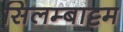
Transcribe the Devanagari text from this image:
सिलम्बाट्टम